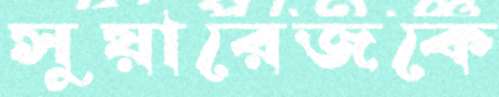
সুয়ারেজকে